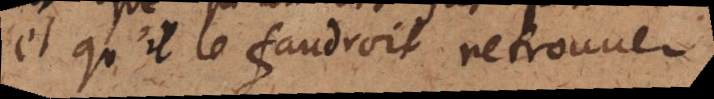
et qu’il le faudroit retrouver;